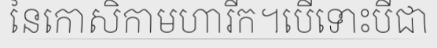
នៃកោសិកាមហារីក។បើទោះបីជា